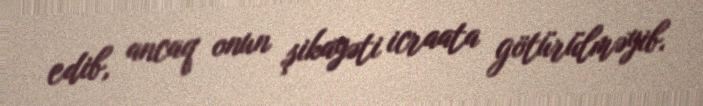
edib, ancaq onun şikayəti icraata götürülməyib.